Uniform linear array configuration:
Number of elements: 24
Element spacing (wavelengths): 0.25
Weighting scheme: hann
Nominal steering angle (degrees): -45
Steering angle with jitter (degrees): -43.828
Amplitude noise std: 0.05
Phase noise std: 0.05

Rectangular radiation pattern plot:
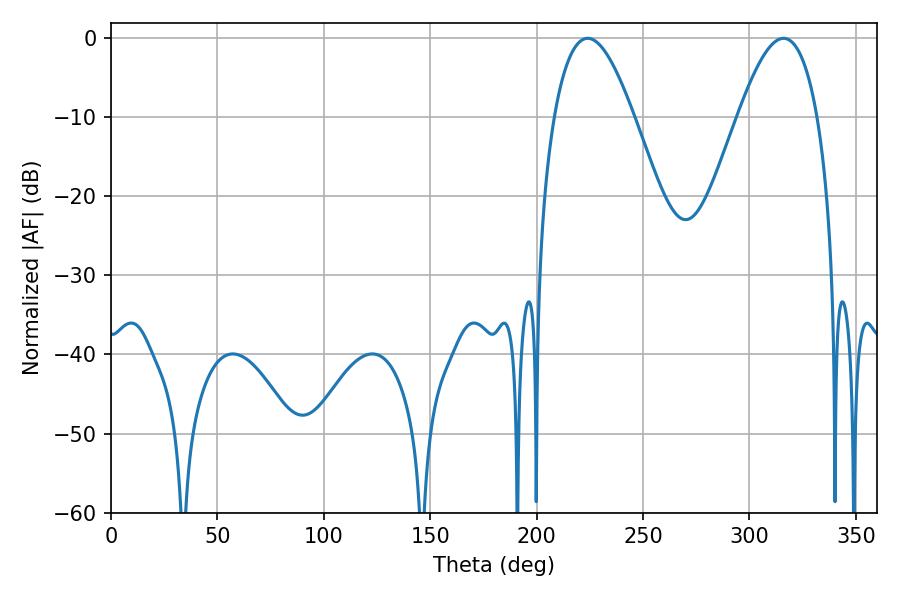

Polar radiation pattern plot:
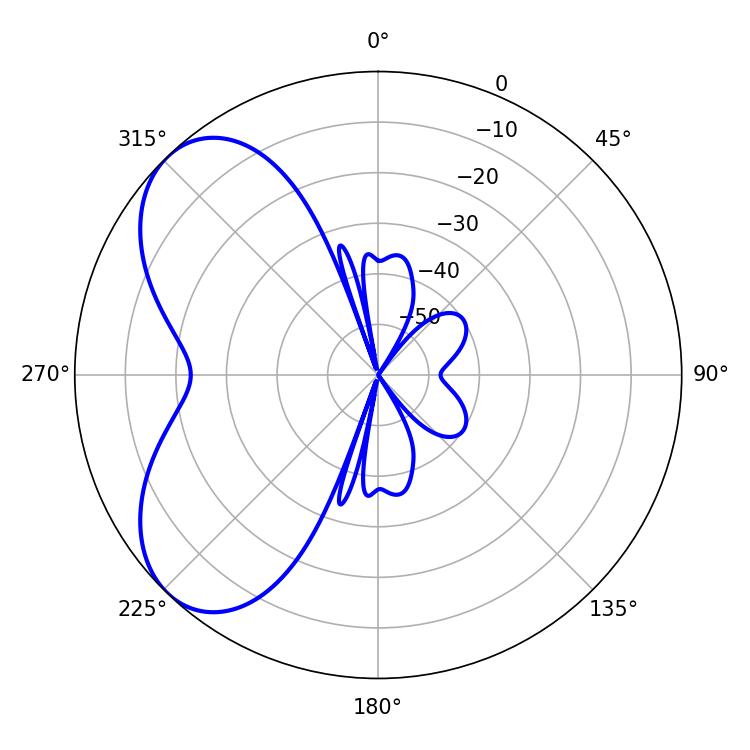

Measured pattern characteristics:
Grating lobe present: FALSE
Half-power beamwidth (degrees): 20.34
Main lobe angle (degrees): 223.92